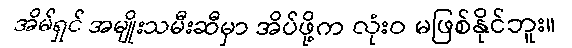
အိမ်ရှင် အမျိုးသမီးဆီမှာ အိပ်ဖို့က လုံးဝ မဖြစ်နိုင်ဘူး။